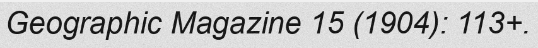
Geographic Magazine 15 (1904): 113+.